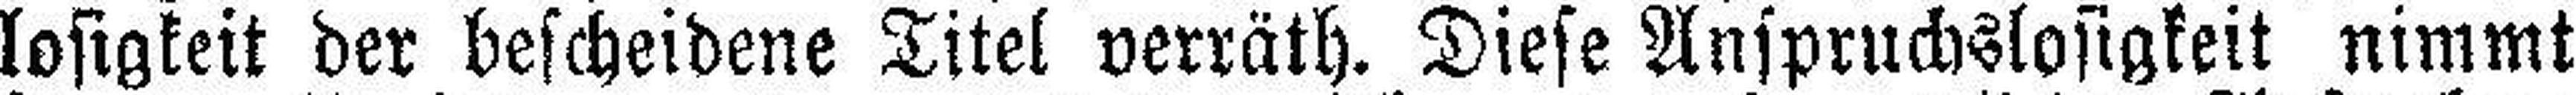
losigkeit der bescheidene Titel verräth. Diese Anspruchslosigkeit nimmt